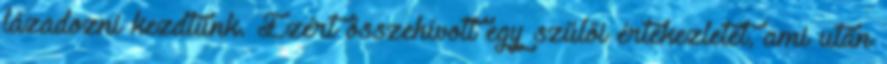
lázadozni kezdtünk. Ezért összehívott egy szülői értekezletet, ami után